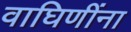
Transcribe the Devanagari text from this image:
वाघिणींना